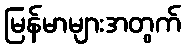
မြန်မာများအတွက်